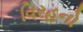
વિરહનો